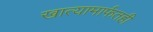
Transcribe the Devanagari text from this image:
खात्यामार्फतही